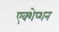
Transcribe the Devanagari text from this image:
एक्शेप्शन